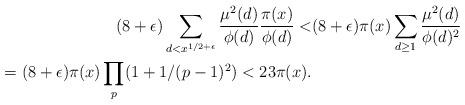
LaTeX: \begin{align*} (8+\epsilon) \sum_{d<x^{1/2+\epsilon}} \frac{\mu^2(d)}{\phi(d)} \frac{\pi(x)}{\phi(d)} < & (8+\epsilon) \pi(x) \sum_{d \geq 1} \frac{\mu^2(d)}{\phi(d)^2} \\ = (8+\epsilon) \pi(x) \prod_p (1+1/(p-1)^2) < 23 \pi(x).\end{align*}